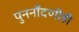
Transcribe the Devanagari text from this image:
पुनर्नोंदणीही